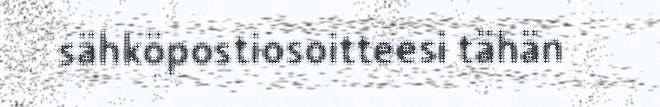
sähköpostiosoitteesi tähän